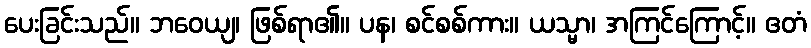
ပေးခြင်းသည်။ ဘဝေယျ၊ ဖြစ်ရာ၏။ ပန၊ စင်စစ်ကား။ ယသ္မာ၊ အကြင်ကြောင့်။ ဧတံ